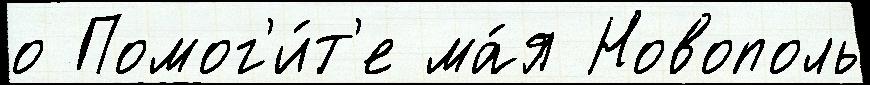
о Помог'и́т'е ма́я Новополь